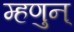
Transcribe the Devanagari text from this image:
म्हणुन्